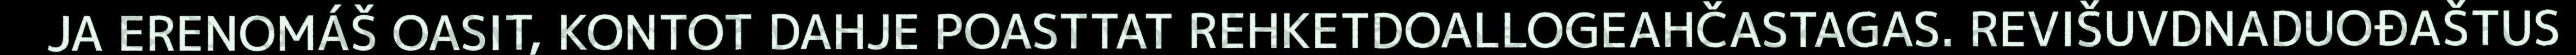
JA ERENOMÁŠ OASIT, KONTOT DAHJE POASTTAT REHKETDOALLOGEAHČASTAGAS. REVIŠUVDNADUOĐAŠTUS